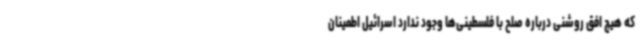
که هیچ افق روشنی درباره صلح با فلسطینی‌ها وجود ندارد اسرائیل اطمینان